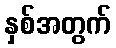
နှစ်အတွက်